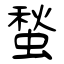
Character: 蝵